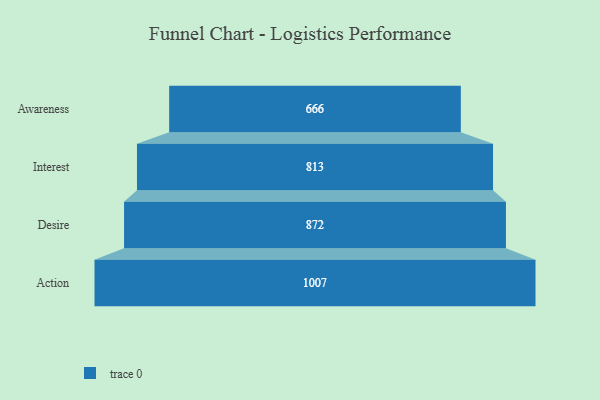
{"axis": {"x": "Stage", "y": "Value"}, "legend": [""], "data": [{"x": "Awareness", "y": 666.0, "type": ""}, {"x": "Interest", "y": 813.0, "type": ""}, {"x": "Desire", "y": 872.0, "type": ""}, {"x": "Action", "y": 1007.0, "type": ""}]}